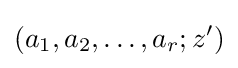
(a_{1},a_{2},\dots ,a_{r};z')